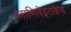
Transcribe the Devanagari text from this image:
जाणिवेइतकेच